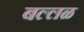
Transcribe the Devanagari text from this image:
बल्लळ